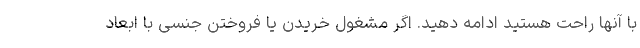
با آنها راحت هستید ادامه دهید. اگر مشغول خریدن یا فروختن جنسی با ابعاد